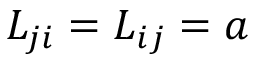
{ \cal L } _ { j i } = { \cal L } _ { i j } = a